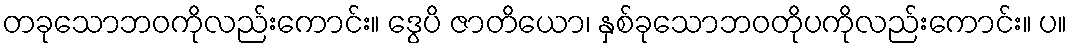
တခုသောဘဝကိုလည်းကောင်း။ ဒွေပိ ဇာတိယော၊ နှစ်ခုသောဘဝတိုပကိုလည်းကောင်း။ ပ။